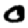
Digit: 0